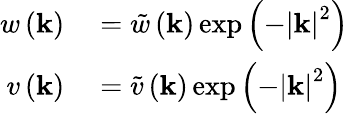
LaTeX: \begin{array}{rl}{w\left(\mathbf{k}\right)}&{{}=\tilde{w}\left(\mathbf{k}\right)\exp\left(-\left|\mathbf{k}\right|^{2}\right)}\\ {v\left(\mathbf{k}\right)}&{{}=\tilde{v}\left(\mathbf{k}\right)\exp\left(-\left|\mathbf{k}\right|^{2}\right)}\end{array}